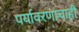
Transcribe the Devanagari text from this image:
पर्यावरणाचाही